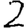
Digit: 2